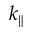
k _ { \parallel }